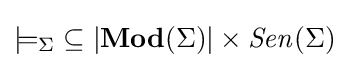
{\models _{\Sigma }}\subseteq |{\mathbf {Mod} (\Sigma )|\times {\mathit {Sen}}(\Sigma )}